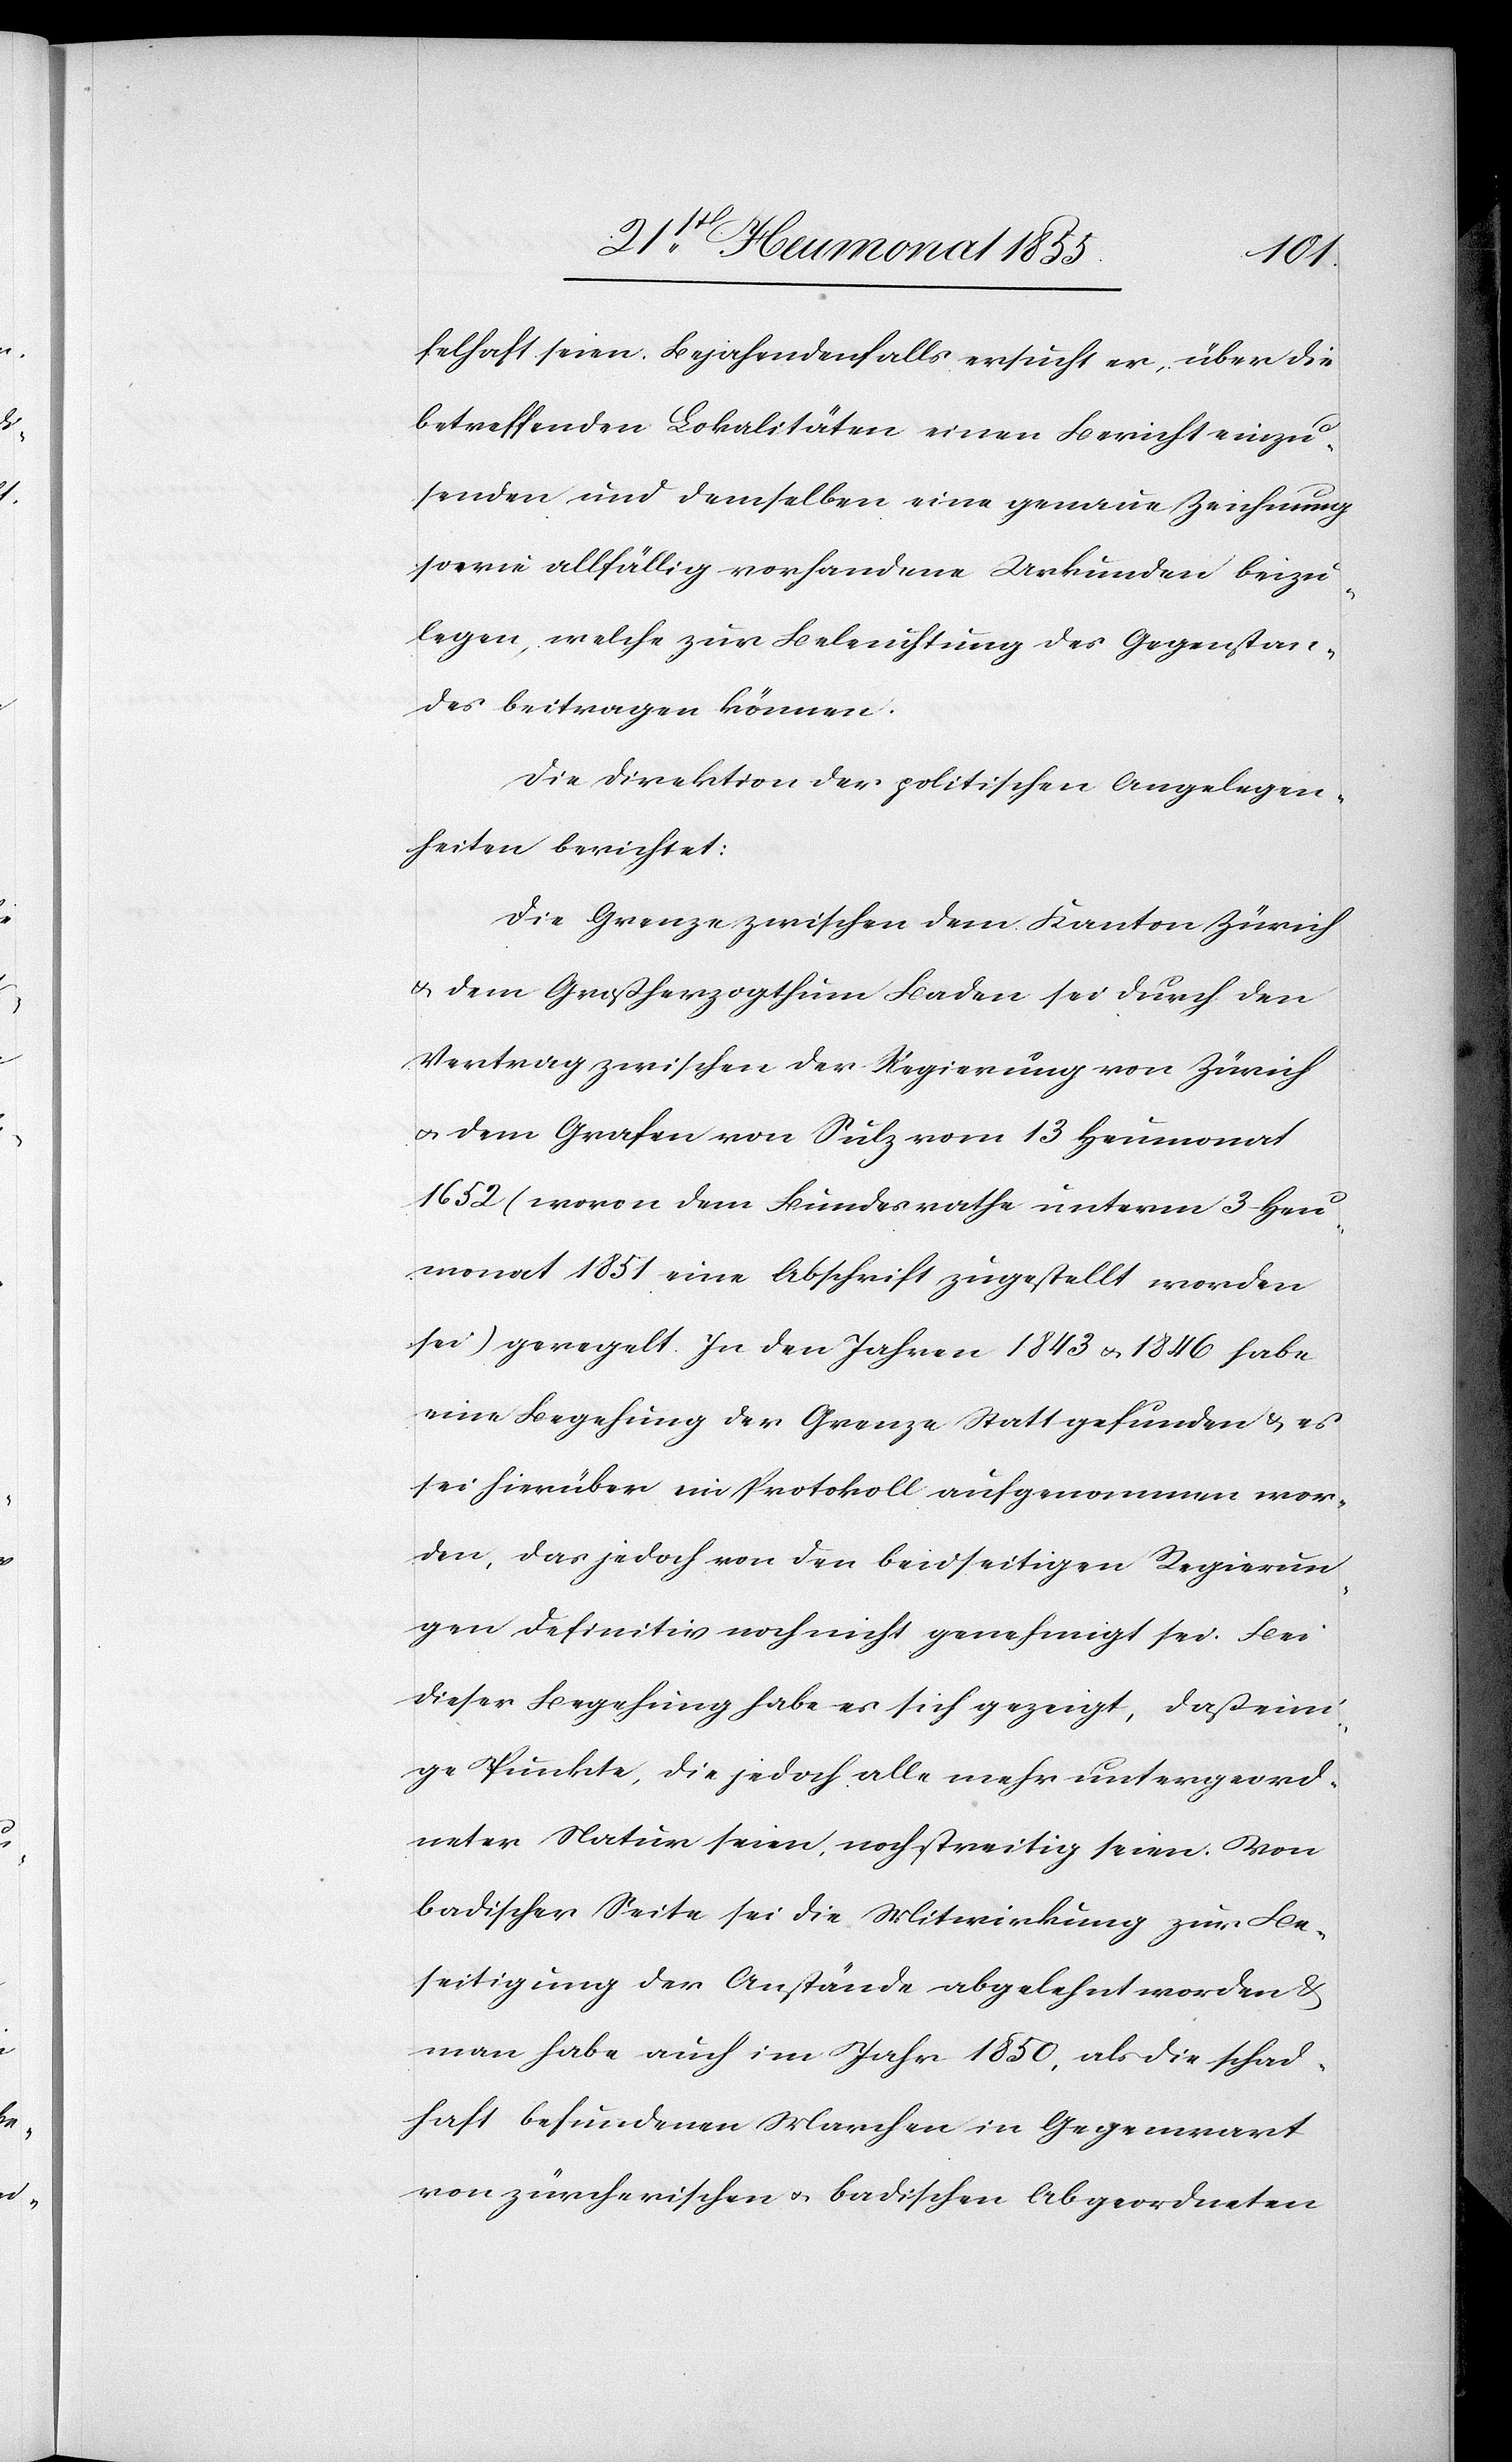
felhaft seien. Bejahendenfalls ersucht er, über die
betreffenden Lokalitäten einen Bericht einzu¬
senden und demselben eine genaue Zeichnung
sowie allfällig vorhandene Urkunden beizu¬
legen, welche zur Beleuchtung des Gegenstan¬
des beitragen können.
Die Direktion der politischen Angelegen¬
heiten berichtet:
Die Grenze zwischen dem Kanton Zürich
& dem Großherzogthum Baden sei durch den
Vertrag zwischen der Regierung von Zürich
& dem Grafen von Sulz vom 13 Heumonat
1652 (wovon dem Bundesrathe unterm 3 Heu¬
monat 1851 eine Abschrift zugestellt worden
sei) geregelt. In den Jahren 1843 & 1846 habe
eine Begehung der Grenze Statt gefunden & es
sei hierüber ein Protokoll aufgenommen wor¬
den, das jedoch von den beidseitigen Regierun¬
gen definitiv noch nicht genehmigt sei. Bei
dieser Begehung habe es sich gezeigt, daß eini¬
ge Punkte, die jedoch alle mehr untergeord¬
neter Natur seien, noch streitig seien. Von
badischer Seite sei die Mitwirkung zur Be¬
seitigung der Anstände abgelehnt worden &
man habe auch im Jahr 1850, als die schad¬
haft befundenen Marchen in Gegenwart
von zürcherischen & badischen Abgeordneten